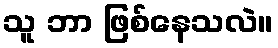
သူ ဘာ ဖြစ်နေသလဲ။